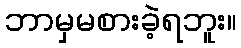
ဘာမှမစားခဲ့ရဘူး။